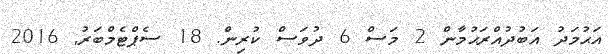
އަޙުމަދު އަބުދުއްރަޙުމާން 2 މަސް 6 ދުވަސް ކުރިން. 18 ސެޕްޓެމްބަރު